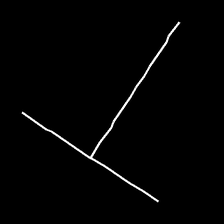
Glyph: column